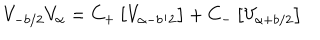
LaTeX: V _ { - b / 2 } V _ { \alpha } = C _ { + } \left[ V _ { \alpha - b / 2 } \right] + C _ { - } \left[ V _ { \alpha + b / 2 } \right]